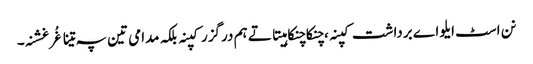
نن اسٹ ایلو اے برداشت کپنہ ، چنکاچنکا ہیتاتے ہم درگزر کپنہ بلکہ مدامی تین پہ تینا غُرغشنہ۔